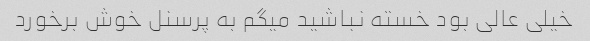
خیلی عالی بود خسته نباشید میگم به پرسنل خوش برخورد